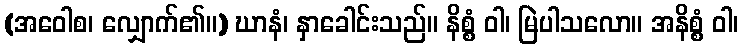
(အဝေါစ၊ လျှောက်၏။) ဃာနံ၊ နှာခေါင်းသည်။ နိစ္စံ ဝါ၊ မြဲပါသလော။ အနိစ္စံ ဝါ၊